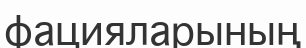
фацияларының